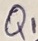
Text: Q1